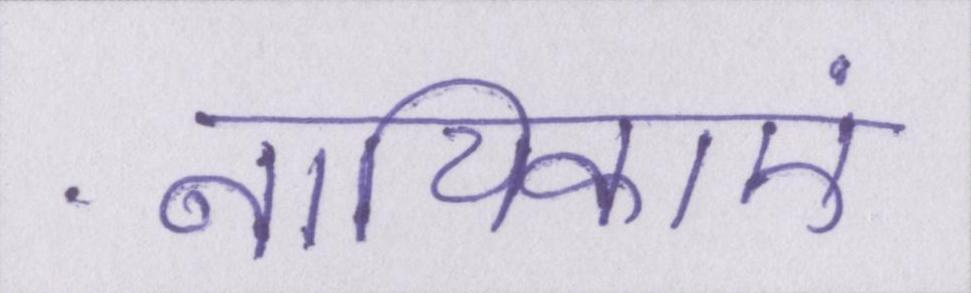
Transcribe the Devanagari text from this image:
नायिकाएं